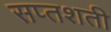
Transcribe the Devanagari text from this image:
सप्‍तशती